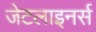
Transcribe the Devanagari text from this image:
जेटलाइनर्स